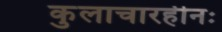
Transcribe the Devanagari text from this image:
कुलाचारहीनः